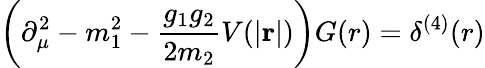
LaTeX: \left(\partial_{\mu}^{2}-m_{1}^{2}-\frac{g_{1}g_{2}}{2m_{2}}V(\left|{\mathbf r}\right|)\right)G(r)=\delta^{(4)}(r)